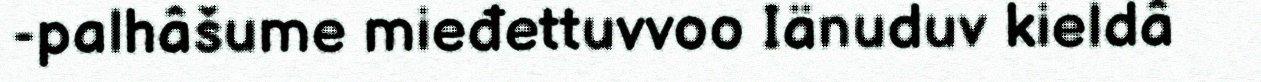
-palhâšume mieđettuvvoo Iänuduv kieldâ